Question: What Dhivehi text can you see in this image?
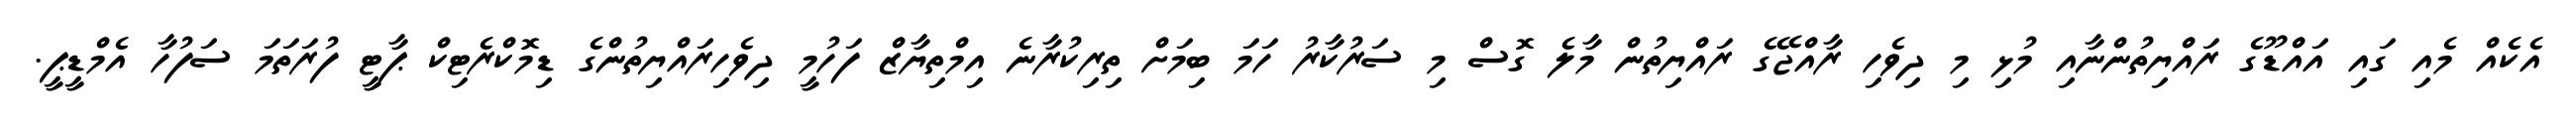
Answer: އެކެއް މެއި ގައި އައްޑޫގެ ރައްޔިތުންނާއި މުޅި މި ދިވެހި ރާއްޖޭގެ ރައްޔިތުން މާލެ ގޮސް މި ސަރުކާރު ހަމަ ބިމަށް ތިރިކުރާނެ އިމްތިޔާޒް ފަހުމީ ދިވެހިރައްޔިތުންގެ ޑިމޮކްރެޓިކް ޕާޓީ ފުރަތަމަ ސަފުހާ އެމްޑީޕީ.